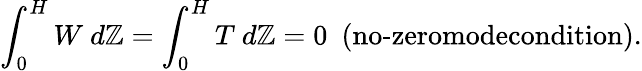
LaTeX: \int_{0}^{H}W\ d\mathbb{Z}=\int_{0}^{H}T\ d\mathbb{Z}=0\ \ (\textrm{{no-zeromodecondition}}).